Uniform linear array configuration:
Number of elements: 32
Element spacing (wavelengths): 1
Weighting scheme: blackman
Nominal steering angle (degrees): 30
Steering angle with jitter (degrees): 29.757
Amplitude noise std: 0.05
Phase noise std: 0.05

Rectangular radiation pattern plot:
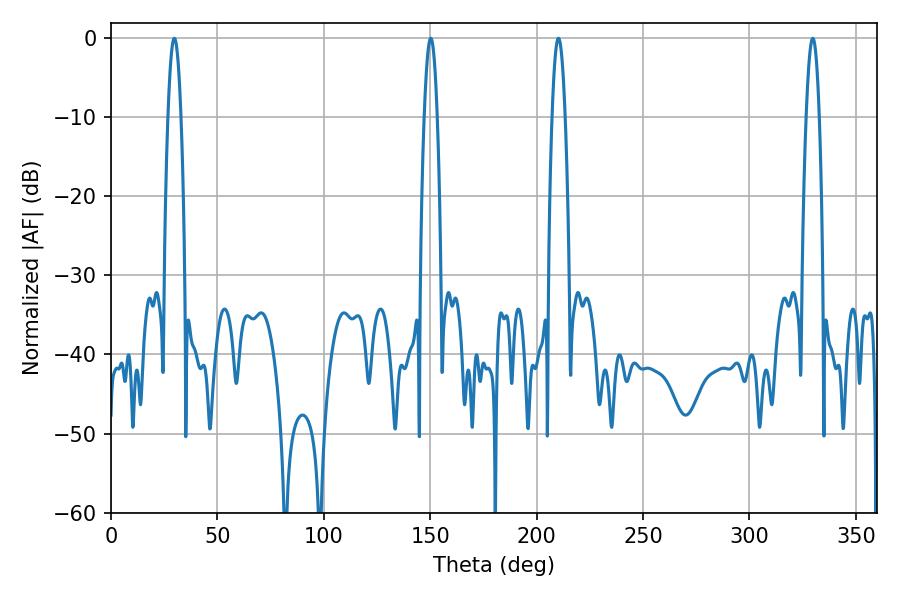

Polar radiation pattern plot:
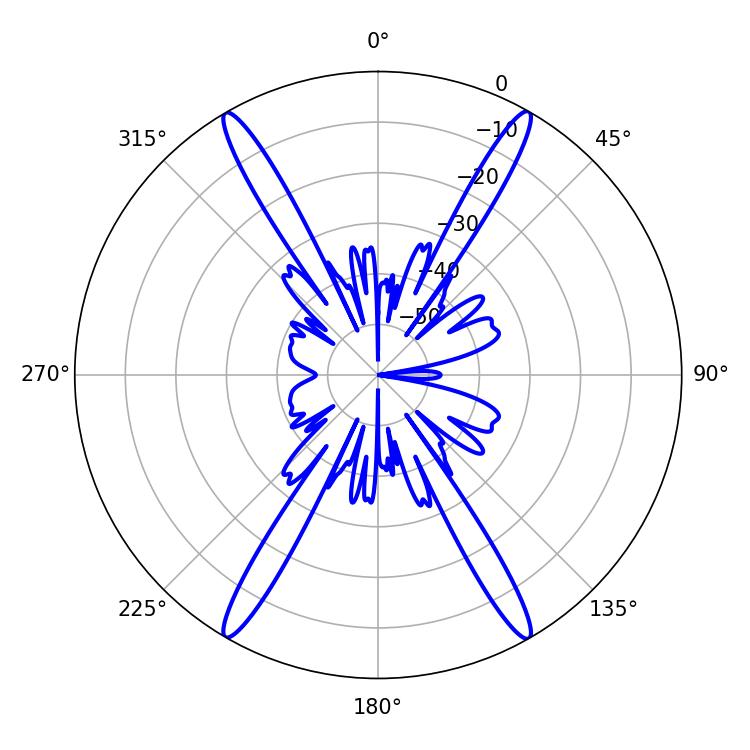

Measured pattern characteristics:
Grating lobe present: TRUE
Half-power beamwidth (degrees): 3.24
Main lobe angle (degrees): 329.76